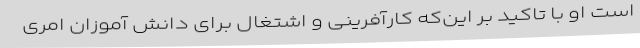
است او با تاکید بر این‌که کارآفرینی و اشتغال برای دانش آموزان امری